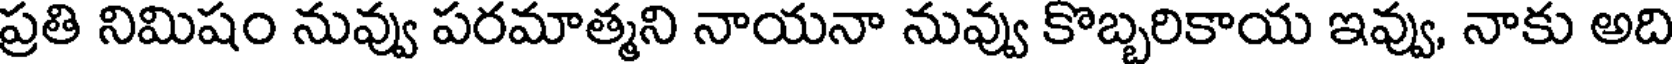
ప్రతి నిమిషం నువ్వు పరమాత్మని నాయనా నువ్వు కొబ్బరికాయ ఇవ్వు, నాకు అది